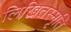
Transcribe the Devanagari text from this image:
लिखितस्मृति